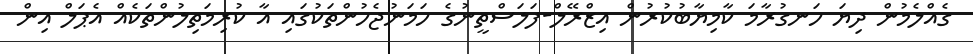
ގެއްލެމުން ދިޔަ ހަނގުރާމަ ކާމިޔާބުކުރުން އިޒްރޭލް-ފަލަސްތީނުގެ ހަމަނުޖެހުންތަކުގައި އާ ކުރިމަތިލުންތަކެއް އެޕަލް އިން